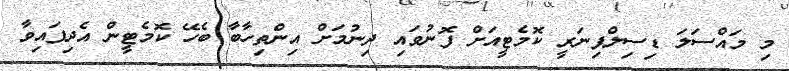
މި މައްސަލަ ޑިސިލްޕިނަރީ ކޮމެޓީއަށް ފޮނުވައި ދިނުމަށް އިންތިހާބާ ބެހޭ ކޮމެޓީން އެދިފައިވާ